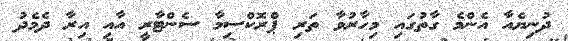
ދުނިޔެއާ އެންމެ ގާތުގައި މިހާރުވާ ތަރި ޕްރޮކްސިމާ ސެންޓާރީ އާއި އިރާ ދެމެދު